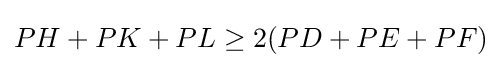
PH+PK+PL\geq 2(PD+PE+PF)